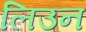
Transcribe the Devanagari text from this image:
लिउन